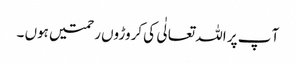
آ پ پر اللہ تعالٰی کی کروڑوں رحمتیں ہوں ۔